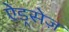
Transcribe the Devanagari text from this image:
ऐड्रसेज़